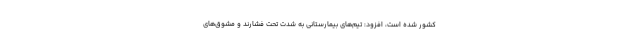
کشور شده است، افزود: تیم‌های بیمارستانی به شدت تحت فشارند و مشوق‌های